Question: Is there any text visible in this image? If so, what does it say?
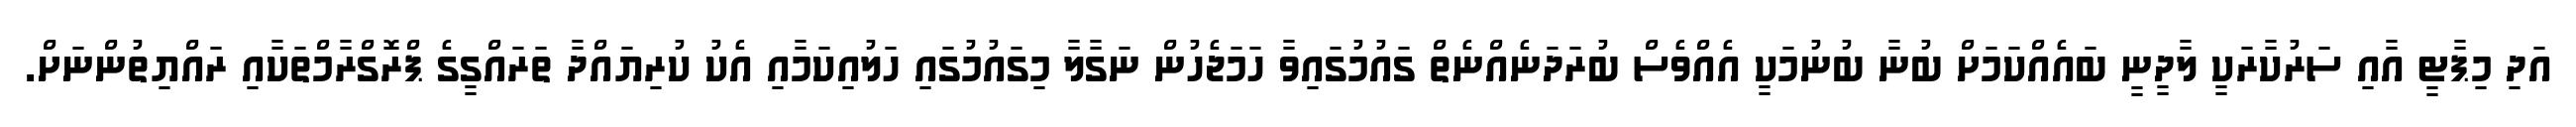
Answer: އަދި މިޕާޓީ އާއި ސަރުކާރަކީ ލާދީނީ ބައެއްކަމަށް ބުނާ ބުނުމަކީ އެއްވެސް ބުރަދަނެއްނެތް ގައުމުގައިވާ ހަމަޖެހުން ނަގާލާ މިގައުމުގައި ހަލުއިކަމާއި އެކު ކުރިޔައްދާ ތަރައްގީގެ ޕްރޮގްރާމްތަކާއި ރައްޔިތުންނަށް.